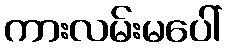
ကားလမ်းမပေါ်